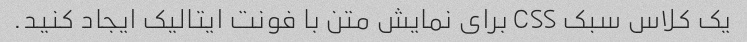
یک کلاس سبک CSS برای نمایش متن با فونت ایتالیک ایجاد کنید.